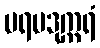
ပရမဒုက္ကရံ